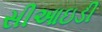
સીઆઇડી